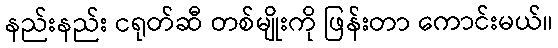
နည်းနည်း ငရုတ်ဆီ တစ်မျိုးကို ဖြန်းတာ ကောင်းမယ်။